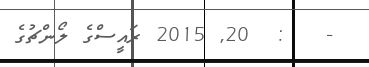
-   :  20